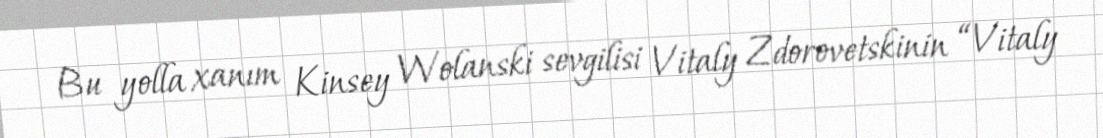
Bu yolla xanım Kinsey Wolanski sevgilisi Vitaly Zdorovetskinin “Vitaly